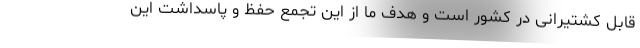
قابل کشتیرانی در کشور است و هدف ما از این تجمع حفظ و پاسداشت این